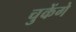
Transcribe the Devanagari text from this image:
चुकेंगे